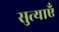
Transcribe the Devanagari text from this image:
सुत्याएँ